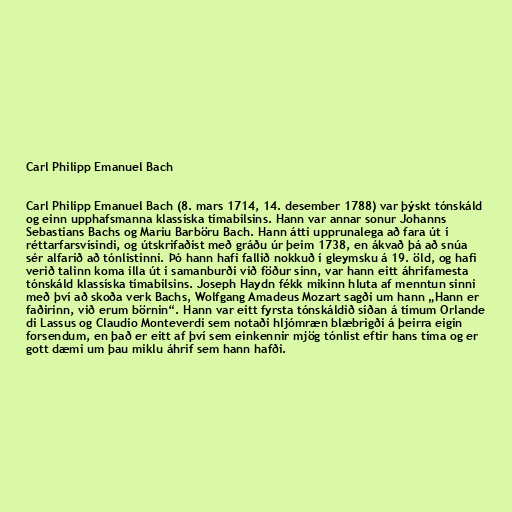
Carl Philipp Emanuel Bach

Carl Philipp Emanuel Bach (8. mars 1714, 14. desember 1788) var þýskt tónskáld
og einn upphafsmanna klassíska tímabilsins. Hann var annar sonur Johanns
Sebastians Bachs og Mariu Barböru Bach. Hann átti upprunalega að fara út í
réttarfarsvísindi, og útskrifaðist með gráðu úr þeim 1738, en ákvað þá að snúa
sér alfarið að tónlistinni. Þó hann hafi fallið nokkuð í gleymsku á 19. öld, og hafi
verið talinn koma illa út í samanburði við föður sinn, var hann eitt áhrifamesta
tónskáld klassíska tímabilsins. Joseph Haydn fékk mikinn hluta af menntun sinni
með því að skoða verk Bachs, Wolfgang Amadeus Mozart sagði um hann „Hann er
faðirinn, við erum börnin“. Hann var eitt fyrsta tónskáldið síðan á tímum Orlande
di Lassus og Claudio Monteverdi sem notaði hljómræn blæbrigði á þeirra eigin
forsendum, en það er eitt af því sem einkennir mjög tónlist eftir hans tíma og er
gott dæmi um þau miklu áhrif sem hann hafði.